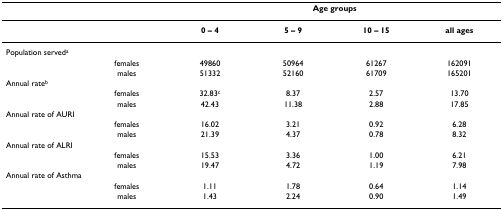
|  |  | <COLSPAN=4> Age groups |
 | --- | --- | --- | --- | --- | --- |
 |  |  | 0 – 4 | 5 – 9 | 10 – 15 | all ages |
 | <COLSPAN=2> Population serveda |  |  |  |  |
 |  | females | 49860 | 50964 | 61267 | 162091 |
 |  | males | 51332 | 52160 | 61709 | 165201 |
 | <COLSPAN=2> Annual rateb |  |  |  |  |
 |  | females | 32.83c | 8.37 | 2.57 | 13.70 |
 |  | males | 42.43 | 11.38 | 2.88 | 17.85 |
 | <COLSPAN=2> Annual rate of AURI |  |  |  |  |
 |  | females | 16.02 | 3.21 | 0.92 | 6.28 |
 |  | males | 21.39 | 4.37 | 0.78 | 8.32 |
 | <COLSPAN=2> Annual rate of ALRI |  |  |  |  |
 |  | females | 15.53 | 3.36 | 1.00 | 6.21 |
 |  | males | 19.47 | 4.72 | 1.19 | 7.98 |
 | <COLSPAN=2> Annual rate of Asthma |  |  |  |  |
 |  | females | 1.11 | 1.78 | 0.64 | 1.14 |
 |  | males | 1.43 | 2.24 | 0.90 | 1.49 |